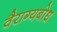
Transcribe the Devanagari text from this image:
वैराग्यबोध